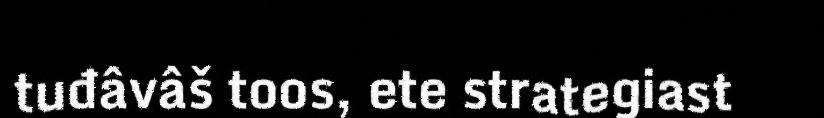
tuđâvâš toos, ete strategiast